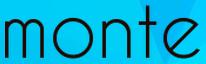
monte